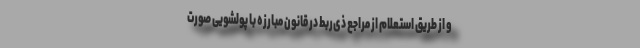
و از طریق استعلام از مراجع ذی‌ربط در قانون مبارزه با پولشویی صورت